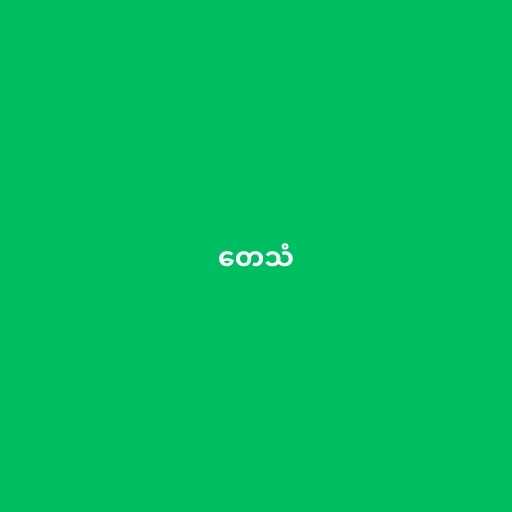
တေသံ